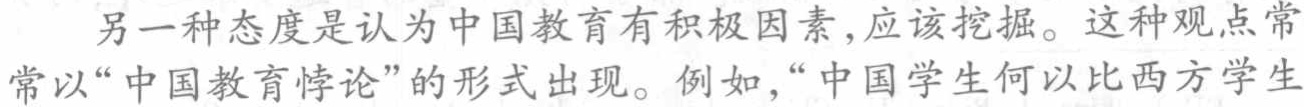
另一种态度是认为中国教育有积极因素,应该挖掘。这种观点常常以“中国教育悖论”的形式出现。例如,“中国学生何以比西方学生